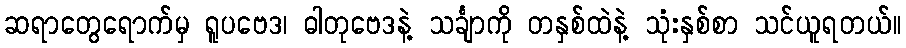
ဆရာတွေရောက်မှ ရူပဗေဒ၊ ဓါတုဗေဒနဲ့ သင်္ချာကို တနှစ်ထဲနဲ့ သုံးနှစ်စာ သင်ယူရတယ်။